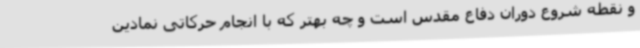
و نقطه شروع دوران دفاع مقدس است و چه بهتر که با انجام حرکاتی نمادین